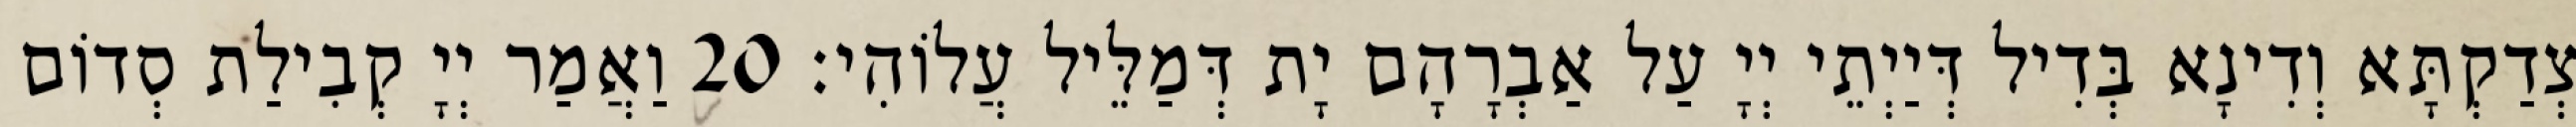
צְדַקְתָּא וְדִינָא בְּדִיל דְּיַיְתֵי יְיָ עַל אַבְרָהָם יָת דְּמַלֵּיל עֲלוֹהִי׃ 20 וַאֲמַר יְיָ קְבִילַת סְדוֹם